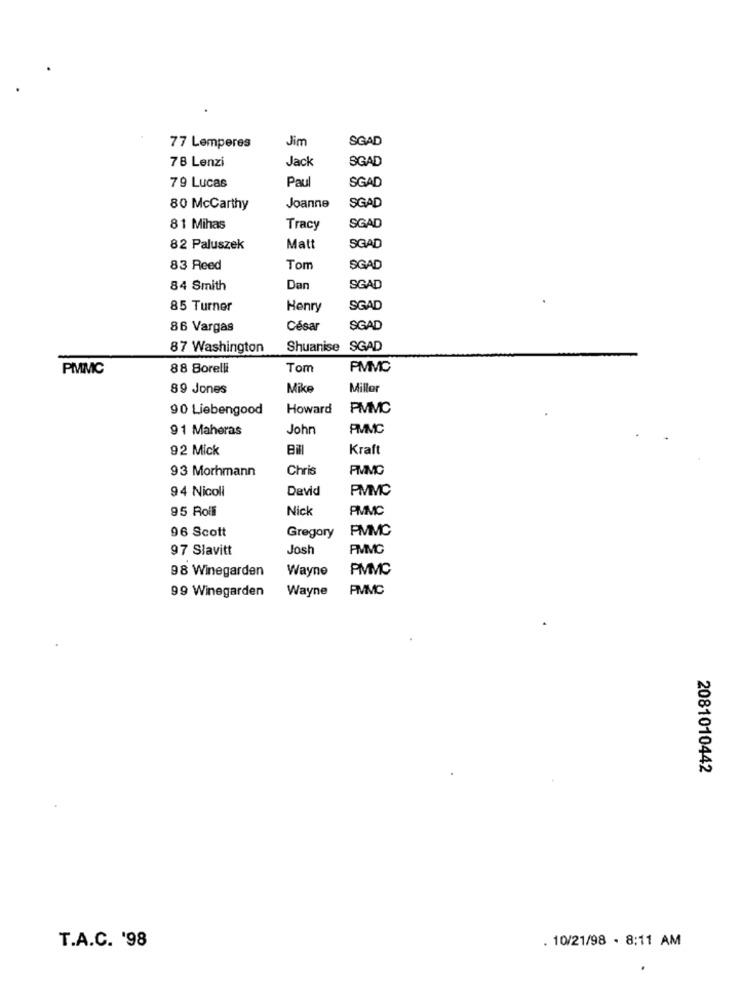
Jim
SGAD
77 Lemperes
78 Lenzi
Jack
SGAD
79 Lucas
Paul
SGAD
80 McCarthy
Joanne
SGAD
81 Mihas
Tracy
SGAD
82 Paluszek
Matt
SGAD
83 Reed
Tom
SGAD
84 Smith
Dan
SGAD
85 Turner
Henry
SGAD
86 Vargas
César
SGAD
87 Washington
Shuanise SGAD
PMMC
88 Borelli
Tom
PMMC
89 Jones
Mike
Miller
90 Liebengood
Howard
PMMC
91 Maheras
John
PMVMC
92 Mick
Bill
Kraft
93 Morhmann
Chris
FMMC
94 Nicoll
David
PMMC
95 Rolli
Nick
PIMMC
96 Scott
PMMC
Gregory
97 Slavitt
Josh
FIMC
98 Winegarden
Wayne
PMMC
99 Winegarden
Wayne
PMMC
2081010442
. 10/21/98 - 8:11 AM
T.A.C. '98